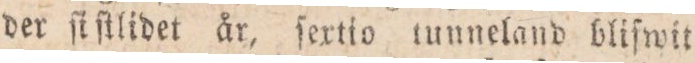
der ſi ſtlidet år, ſextio tunneland bliſwit